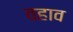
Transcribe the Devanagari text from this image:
वहाव